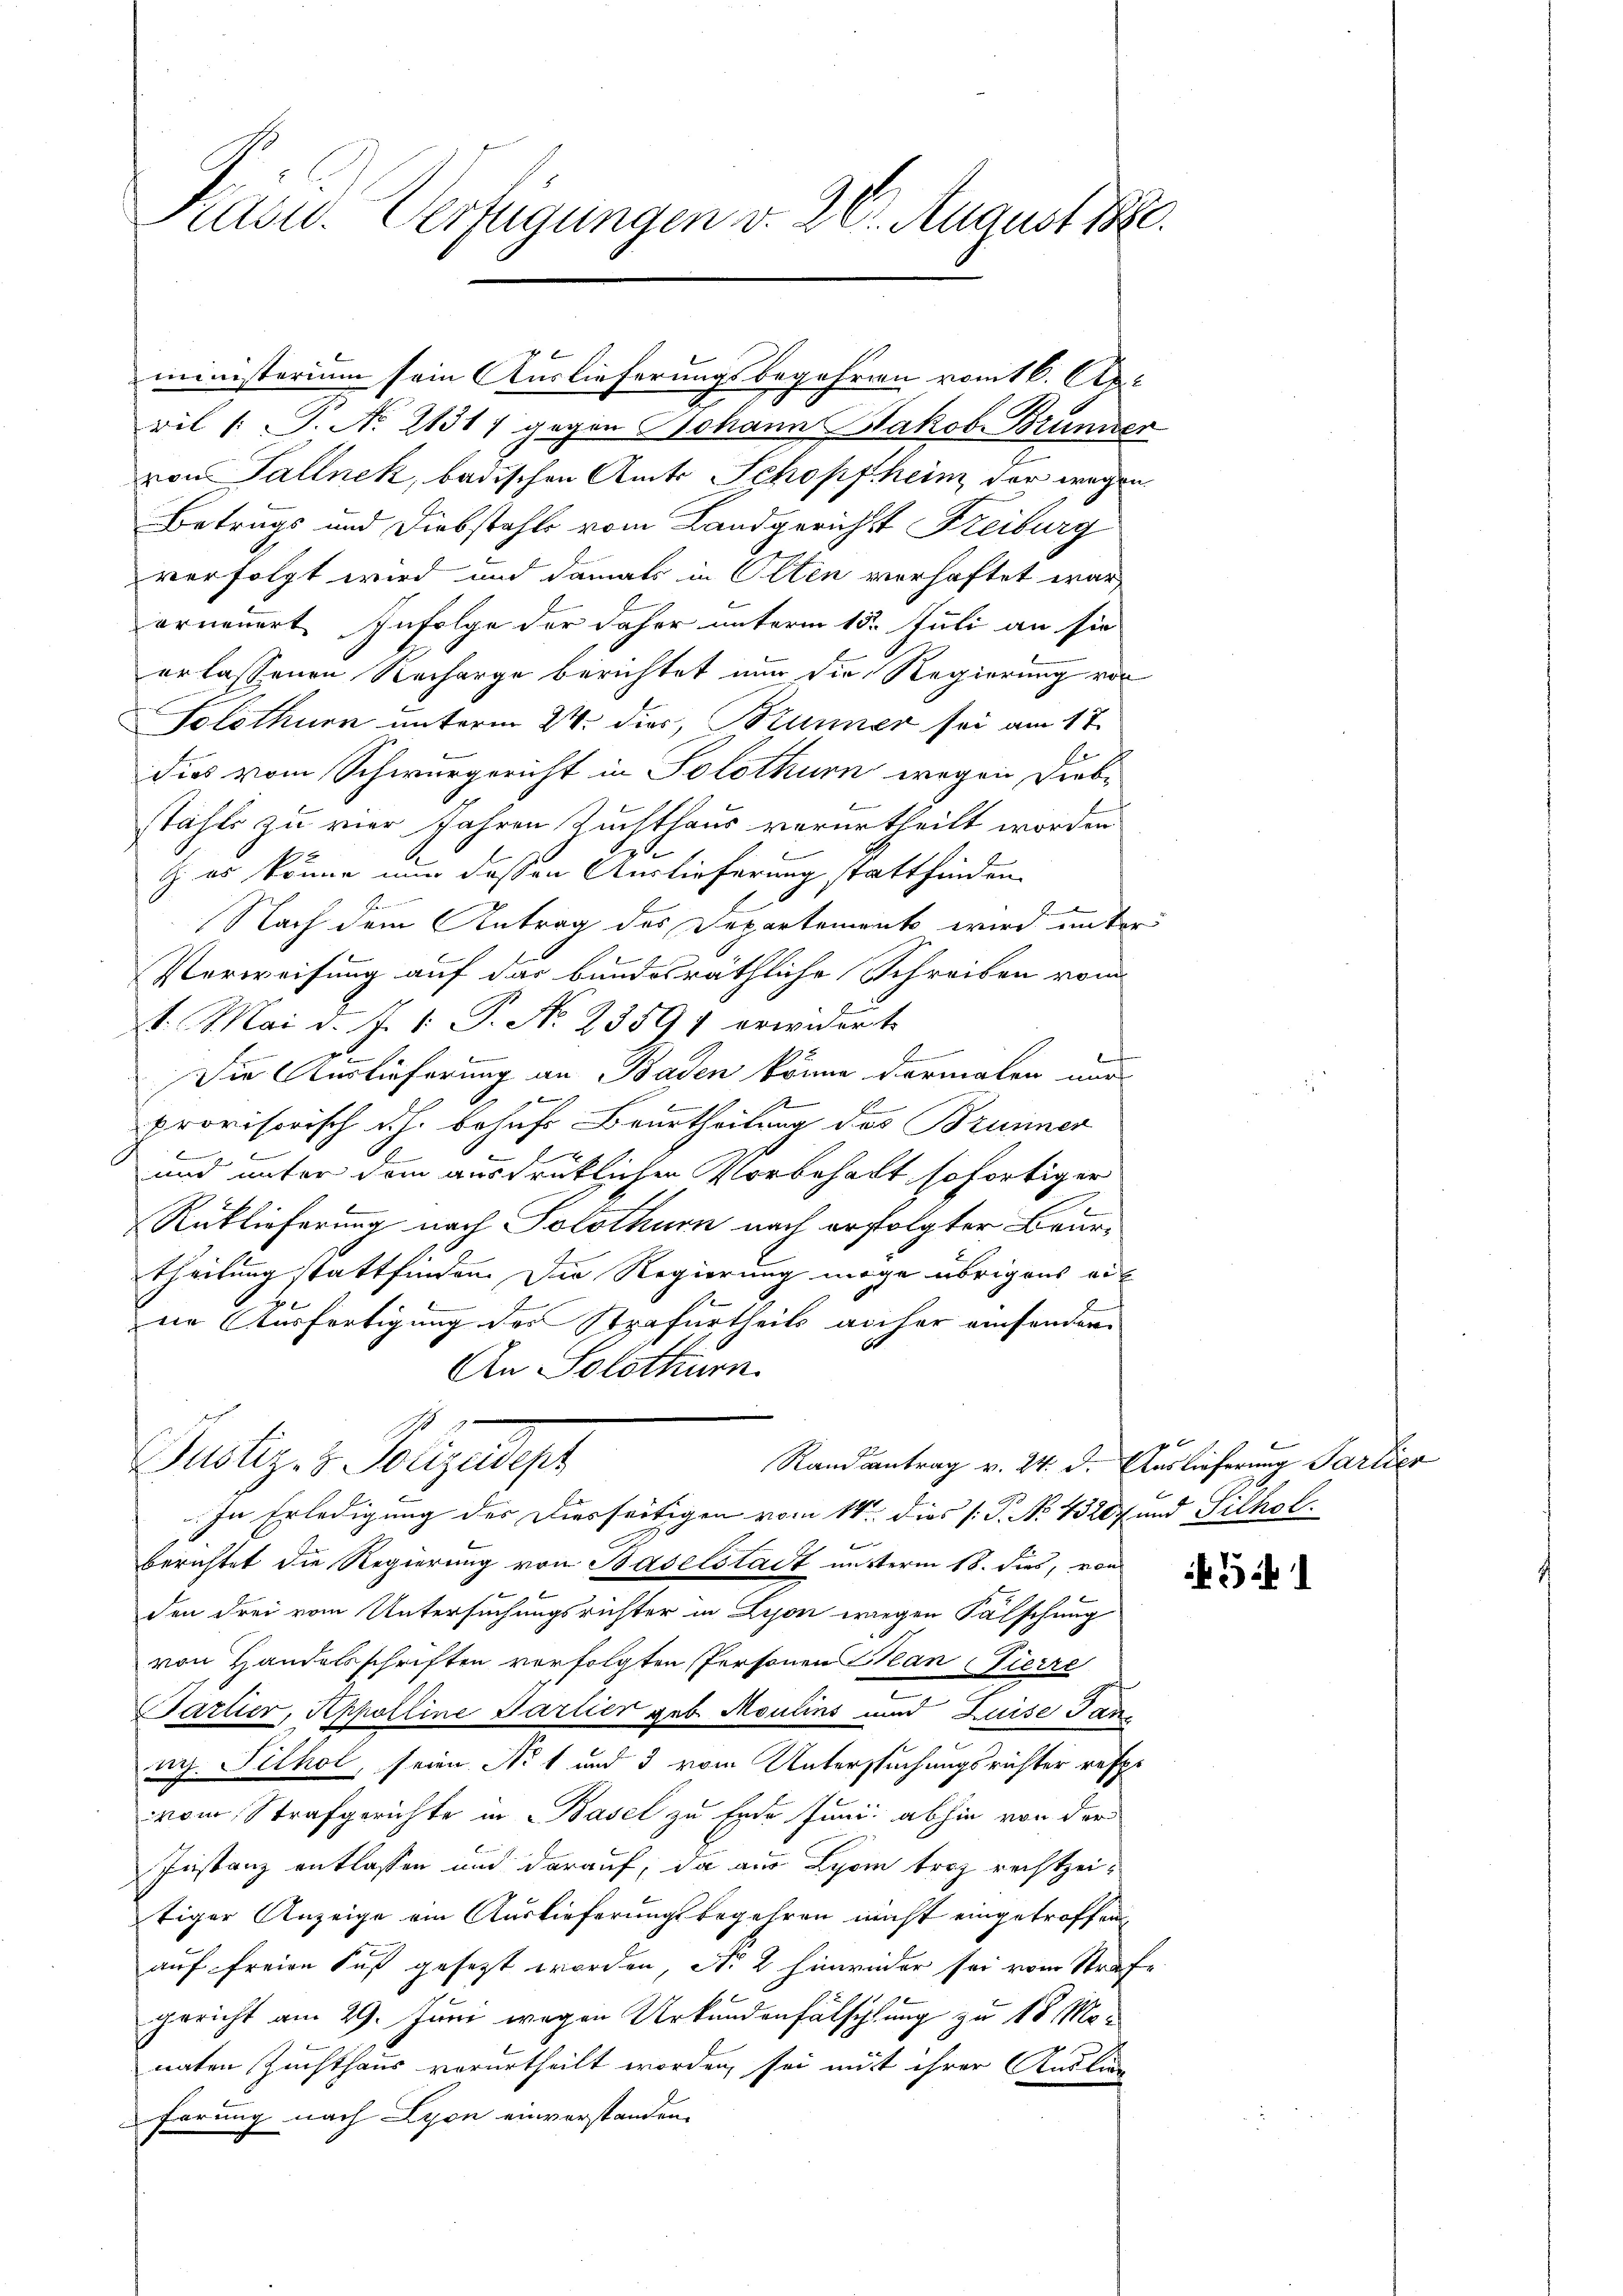
Prävid. Verfügungen v. 26. August.

Bil (S. No. 2131) gegen Johann Jakob Brunzer
von Tallnek, badischen Amts Schopfheim der wegen
Betrags und Diebstahls vom Landgericht Freiburg
verfolgt wird und damals in Olten verhaftet war,
erneuert. Infolge der daher unterm 15. Juli an sie
erlassenen Recharge berichtet nun die Regierung von
Solothurn unterm 24. dies, Brunner sei am 17.
dies vom Schwurgericht in Solothurn wegen Diebstähle zu vier Jahren Zuchthaus verurtheilt worden.
 es könne nun dessen Auslieferung stattfinden.
2
Nach dem Antrag des Departement wird unter
Verweisung auf das bundesräthliche Schreiben vom
21. Mai d. J. 1. P. No. 23597 erwidert.
Die Auslieferung an Baden könne dermalen nur
x
10
provisorisch d.h. behufs Beurtheilung des Brunner
d
e
x

und unter dem ausdrücklichen Vorbehalt sofortiger
Ruklieferung nach Solothurn nach erfolgter Beurtheilung stattfinden. Die Regierung möge übrigens auf
7
ein Ausfertigung des Strafurtheils anher einsondern
An Solothurn.
1
Justiz- & Polizeidept
Randantrag v. 24. d. Auslieferung Partier
In Erledigung des Diesseitigen vom 14ten dies P. No 1328 und Sichol
berichtet die Regierung von Baselstadt mutterm 18. dies, von
den drei vom Untersuchungsrichter in Lyon wegen Fälschung
von Handelsschriften verfolgten Personen Man Pierre
Partier, Appolline Partier geb. Moulins und Luise Tan
ng. Filhol, seien No 1 und 3 vom Untersuchungsrichter resp.
vom Strafgerichte in Basel zu Ende Juni abhin von der
Instanz entlassen und darauf, da aus Lyon troz rechtzeitiger Anzeige ein Auslieferungsbegehren nicht eingetroffen,
auf freien Fuß gesetzt worden, No 2 hinwider sei vom Strafe
gericht am 29. Juni wegen Urkundenfälschlung zu 18 Monaten Zuchthaus verurtheilt worden, sei mit ihrer Auslieg
förung nach Lyon einverstanden.

ministerium sein Auslieferungsbegehren vom 6. Apri

5f 1